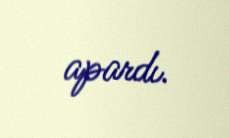
apardı.